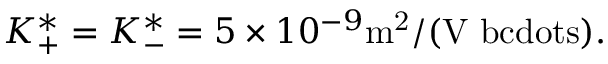
K _ { + } ^ { * } = K _ { - } ^ { * } = 5 \times 1 0 ^ { - 9 } \mathrm { m ^ { 2 } / ( V \ b c d o t s ) } .